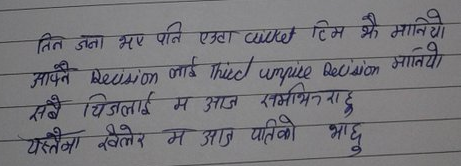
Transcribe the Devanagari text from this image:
तिन जना भए पनि एउटा cricket टिम झैं मानियो
आफ्नै Decision लाई third umpire decision मानियो
सबै चिजलाई म आज सम्झिरहेछु
यस्तैका खेलेर म आज पतिको भाछु